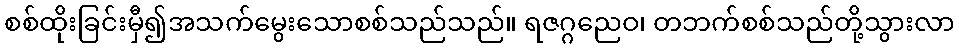
စစ်ထိုးခြင်းမှီ၍အသက်မွေးသောစစ်သည်သည်။ ရဇဂ္ဂညေဝ၊ တဘက်စစ်သည်တို့သွားလာ